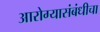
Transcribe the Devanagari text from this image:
आरोग्यासंबंधीचा